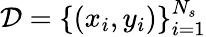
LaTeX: \mathcal D=\{ (x_{i},y_{i})\} _{i=1}^{N_{s}}